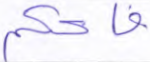
فاحكم